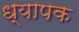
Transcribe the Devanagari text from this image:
ध्यापक